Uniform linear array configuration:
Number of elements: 32
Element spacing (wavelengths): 0.75
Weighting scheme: uniform
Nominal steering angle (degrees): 30
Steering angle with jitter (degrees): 30.388
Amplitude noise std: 0.05
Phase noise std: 0.05

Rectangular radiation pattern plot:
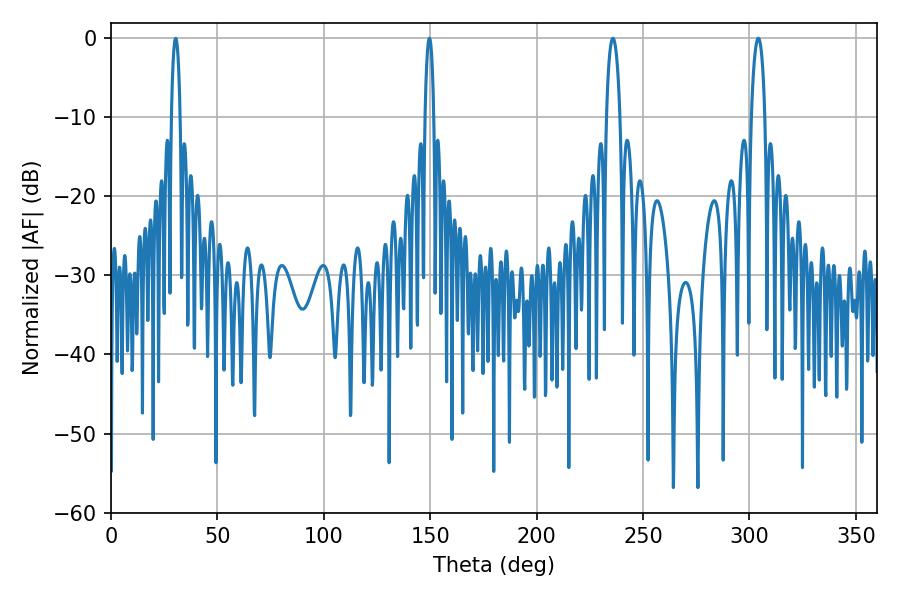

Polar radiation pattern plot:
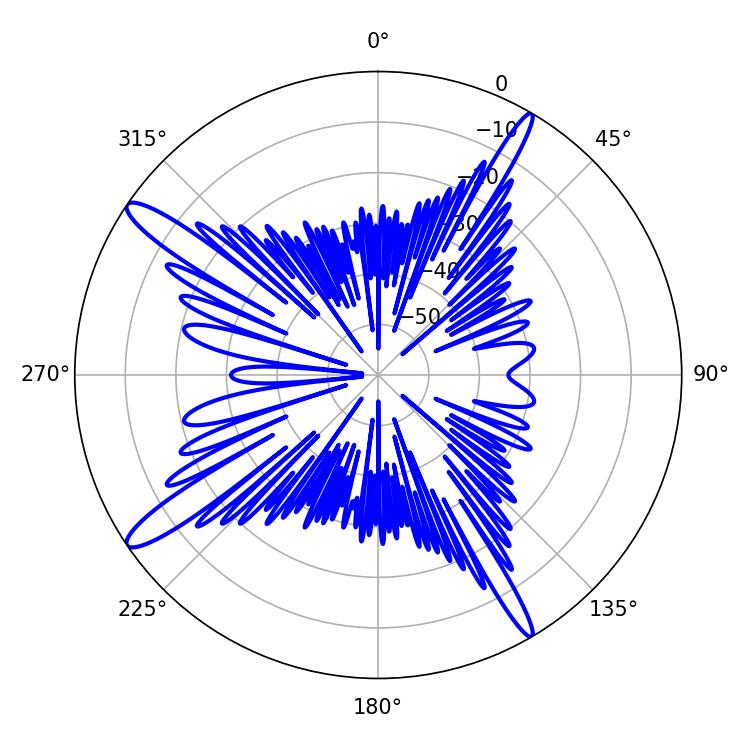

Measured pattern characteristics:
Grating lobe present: TRUE
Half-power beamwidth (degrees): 3.6
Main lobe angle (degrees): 304.2